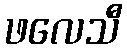
ဖလေသီ